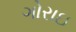
ગોરાઇ